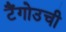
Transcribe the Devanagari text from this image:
टैंगोउची